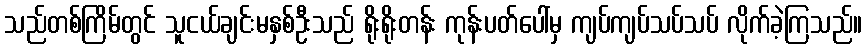
သည်တစ်ကြိမ်တွင် သူငယ်ချင်းမနှစ်ဦးသည် ရိုးရိုးတန်း ကုန်းပတ်ပေါ်မှ ကျပ်ကျပ်သပ်သပ် လိုက်ခဲ့ကြသည်။